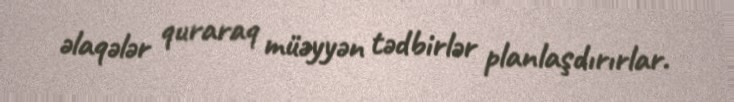
əlaqələr quraraq müəyyən tədbirlər planlaşdırırlar.